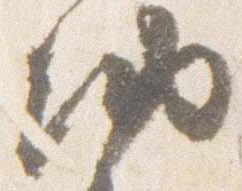
納